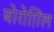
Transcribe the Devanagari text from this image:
बोरोग़िल